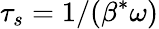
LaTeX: {\tau_{s}=1/(\beta^{*}\omega})